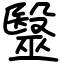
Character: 毉